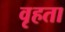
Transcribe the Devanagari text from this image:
वृहता